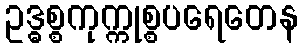
ဥဒ္ဓစ္စကုက္ကုစ္စပရေတေန